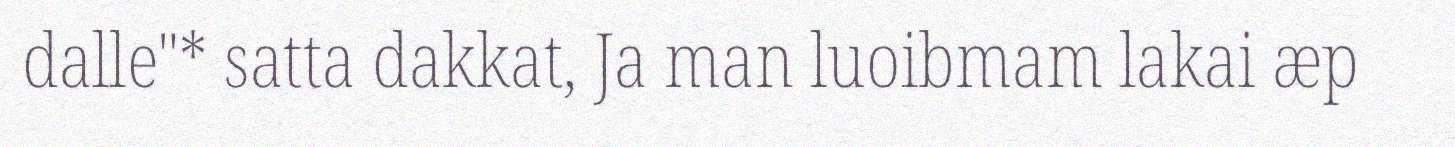
dalle"* satta dakkat, Ja man luoibmam lakai æp